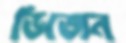
ভিজেন